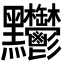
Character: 𪓊